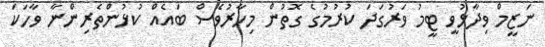
ނަޒީމް ވިދާޅުވީ ޓީމު ވަރުގަދަ ކުރުމުގެ ގޮތުން މިހާރުވެސް ބައެއް ކުޅުންތެރިންނާ ވާހަކަ